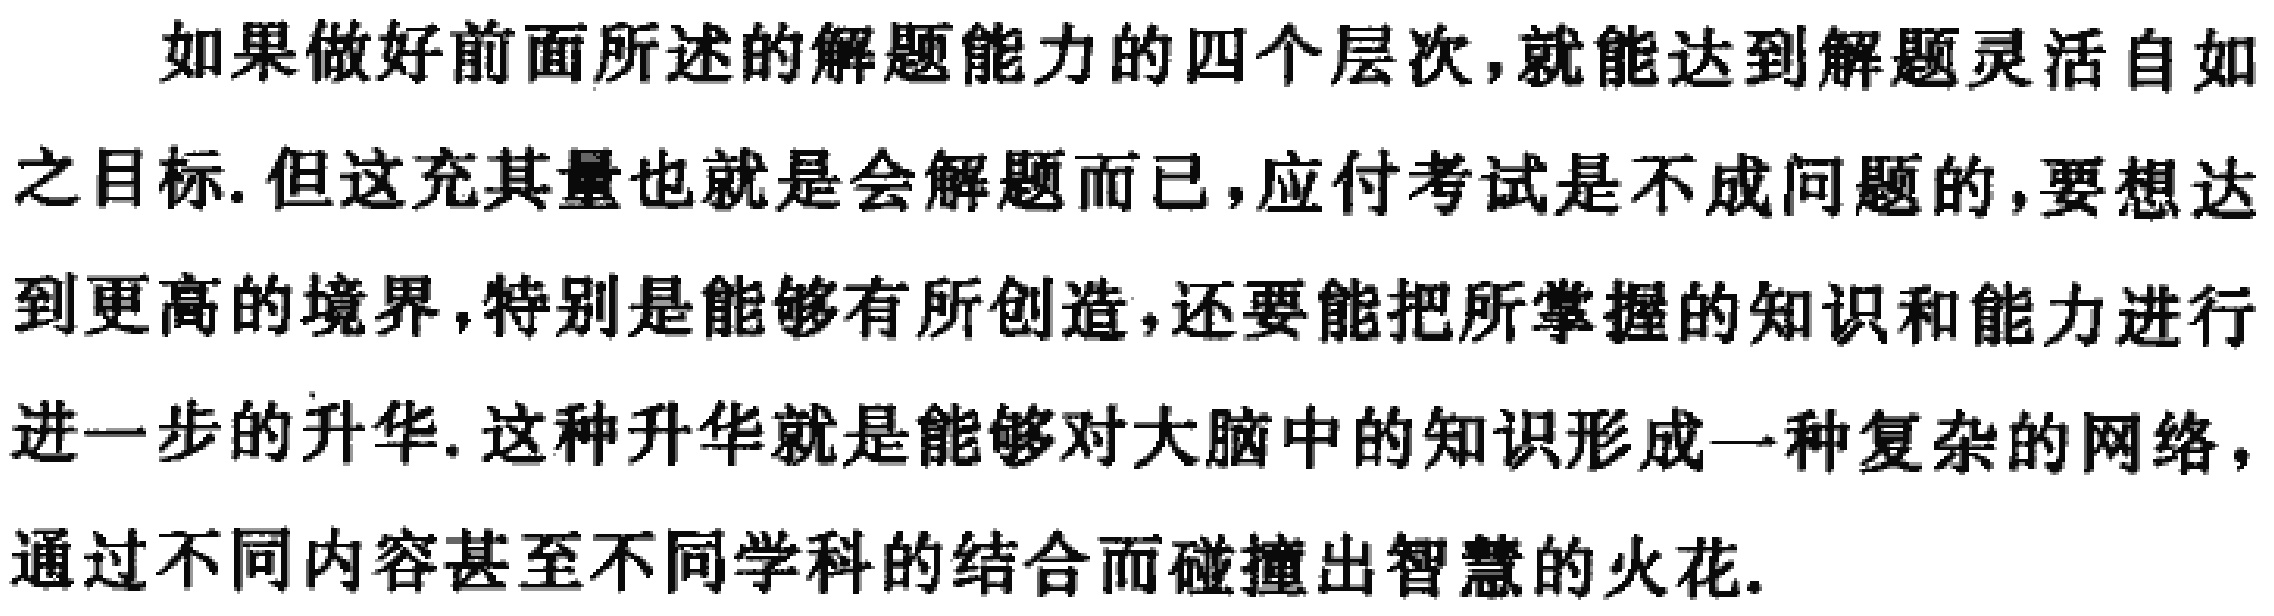
如果做好前面所述的解题能力的四个层次,就能达到解题灵活自如之目标. 但这充其量也就是会解题而已,应付考试是不成问题的,要想达到更高的境界,特别是能够有所创造,还要能把所掌握的知识和能力进行进一步的升华. 这种升华就是能够对大脑中的知识形成一种复杂的网络,通过不同内容甚至不同学科的结合而碰撞出智慧的火花.